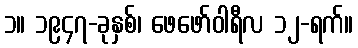
၁။ ၁၉၄၇-ခုနှစ်၊ ဖေဖော်ဝါရီလ ၁၂-ရက်။